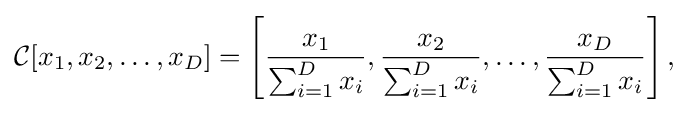
{\mathcal {C}}[x_{1},x_{2},\dots ,x_{D}]=\left[{\frac {x_{1}}{\sum _{i=1}^{D}x_{i}}},{\frac {x_{2}}{\sum _{i=1}^{D}x_{i}}},\dots ,{\frac {x_{D}}{\sum _{i=1}^{D}x_{i}}}\right],\